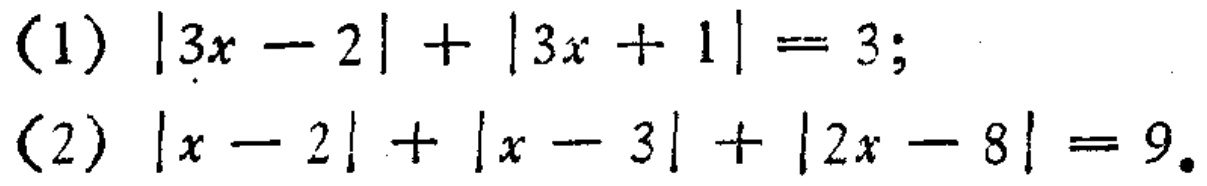
(1) \(|3x - 2|+|3x + 1| = 3\);
(2) \(|x - 2|+|x - 3|+|2x - 8| = 9\).